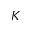
K